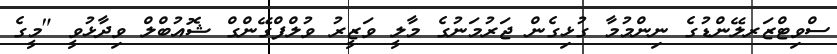
ސްވިޓްޒަރލޭންޑުގެ ނިންމުމާ ގުޅިގެން ޖަރުމަނުގެ މާލީ ވަޒީރު ވުލްފްގޭންގް ޝޮއުބްލް ވިދާޅުވީ "މީގެ